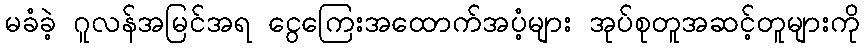
မခံခဲ့ ဂူလန်အမြင်အရ ငွေကြေးအထောက်အပံ့များ အုပ်စုတူအဆင့်တူများကို